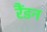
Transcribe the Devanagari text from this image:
रैंडन